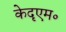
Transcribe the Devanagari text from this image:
केदृएम॰